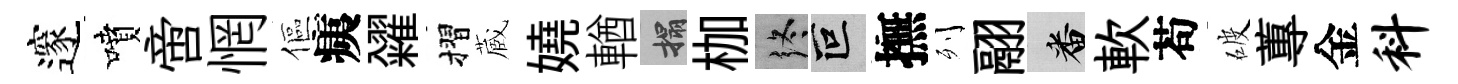
邃噴啻惘傴痍糴摺蔵嬈輶搨枷终叵撫列翮番軟苟破蓴金料